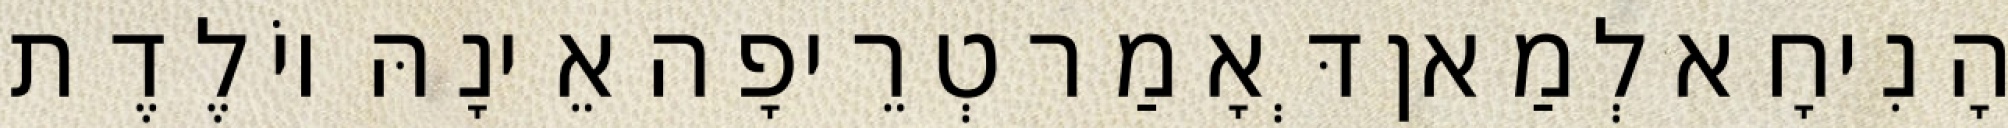
הָנִיחָא לְמַאן דְּאָמַר טְרֵיפָה אֵינָהּ יוֹלֶדֶת